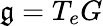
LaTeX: {\mathfrak{g}}=T_{e}G